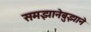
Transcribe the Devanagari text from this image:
समझानेबुझाने